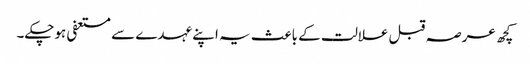
کچھ عرصہ قبل علالت کے باعث یہ اپنے عہدے سے مستعفی ہوچکے۔